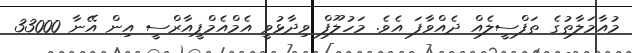
މުއާމަލާތުގެ ތަފްސީލެއް ދެއްވާފަ އެވެ. މަހުލޫފް ވިދާޅުވީ އެމްއެމްޕީއާރްސީ އިން އޭނާ 33000